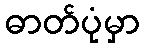
ဓာတ်ပုံမှာ